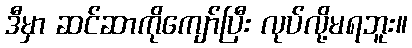
ဒီမှာ ဆင်ဆာကိုကျော်ပြီး လုပ်လို့မရဘူး။